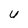
Character: U